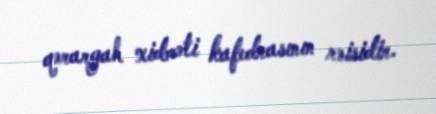
qərargah xidməti kafedrasının rəisidir.